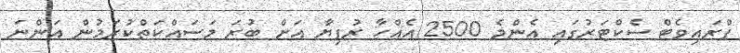
ޕްރައިވެޓް ސެކްޓަރުގައި އެންމެ 2500 އެއްހާ ރުފިޔާ އަށް ބުރަ މަސައްކަތްކުރަމުން އަންނަ